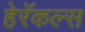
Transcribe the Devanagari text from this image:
हेरॅकल्स